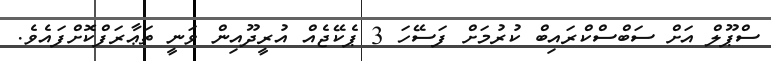
ސްޕޫލް އަށް ސަބްސްކްރައިބް ކުރުމަށް ފަސޭހަ 3 ޕެކޭޖެއް އުރީދޫއިން ވަނީ ތަޢާރަފްކޮށްފައެވެ.